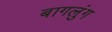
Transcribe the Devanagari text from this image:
बागलुंग